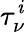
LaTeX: \tau_{\nu}^{\mathit{i}}